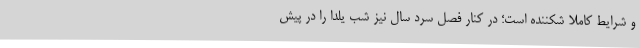
و شرایط کاملاً شکننده است؛ در کنار فصل سرد سال نیز شب یلدا را در پیش